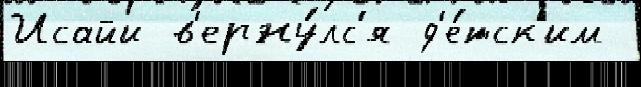
Исайи в'ерну́лс'я д'е́тск'им